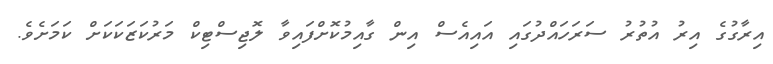
އިރާގުގެ އިރު އުތުރު ސަރަހައްދުގައި އައިއެސް އިން ގާއިމުކޮށްފައިވާ ލޮޖިސްޓިކް މަރުކަޒަކަކަށް ކަމަށެވެ.